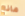
مانع